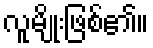
လူမျိုးဖြစ်၏။